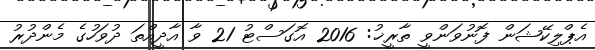
އެޕްލިކޭޝަން ފޮނުވަންވީ ތާރީޚު: 2016 އޮގަސްޓު 21 ވާ އާދީއްތަ ދުވަހުގެ މެންދުރު